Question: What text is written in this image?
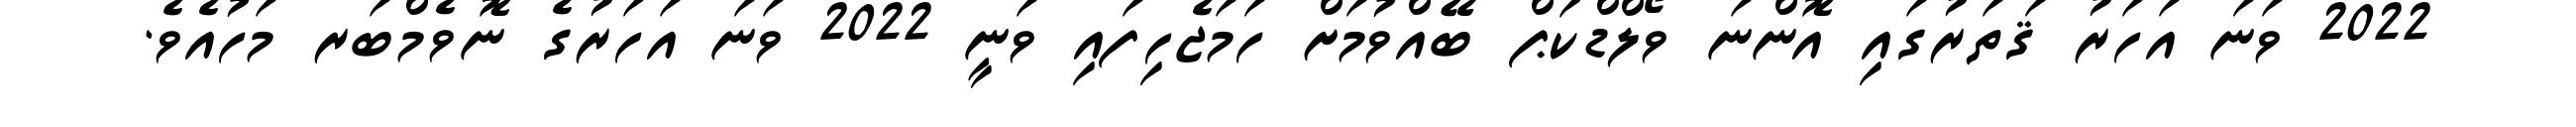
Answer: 2022 ވަނަ އަހަރު ޤަތަރުގައި އޮންނަ ވޯލްޑްކަޕް ބޭއްވުމަށް ހަމަޖެހިފައި ވަނީ 2022 ވަނަ އަހަރުގެ ނޮވެމްބަރ މަހުއެވެ.